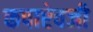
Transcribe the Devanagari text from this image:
कपाऐवजी